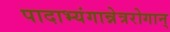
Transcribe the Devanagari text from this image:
पादाभ्यंगान्नेत्ररोगान्